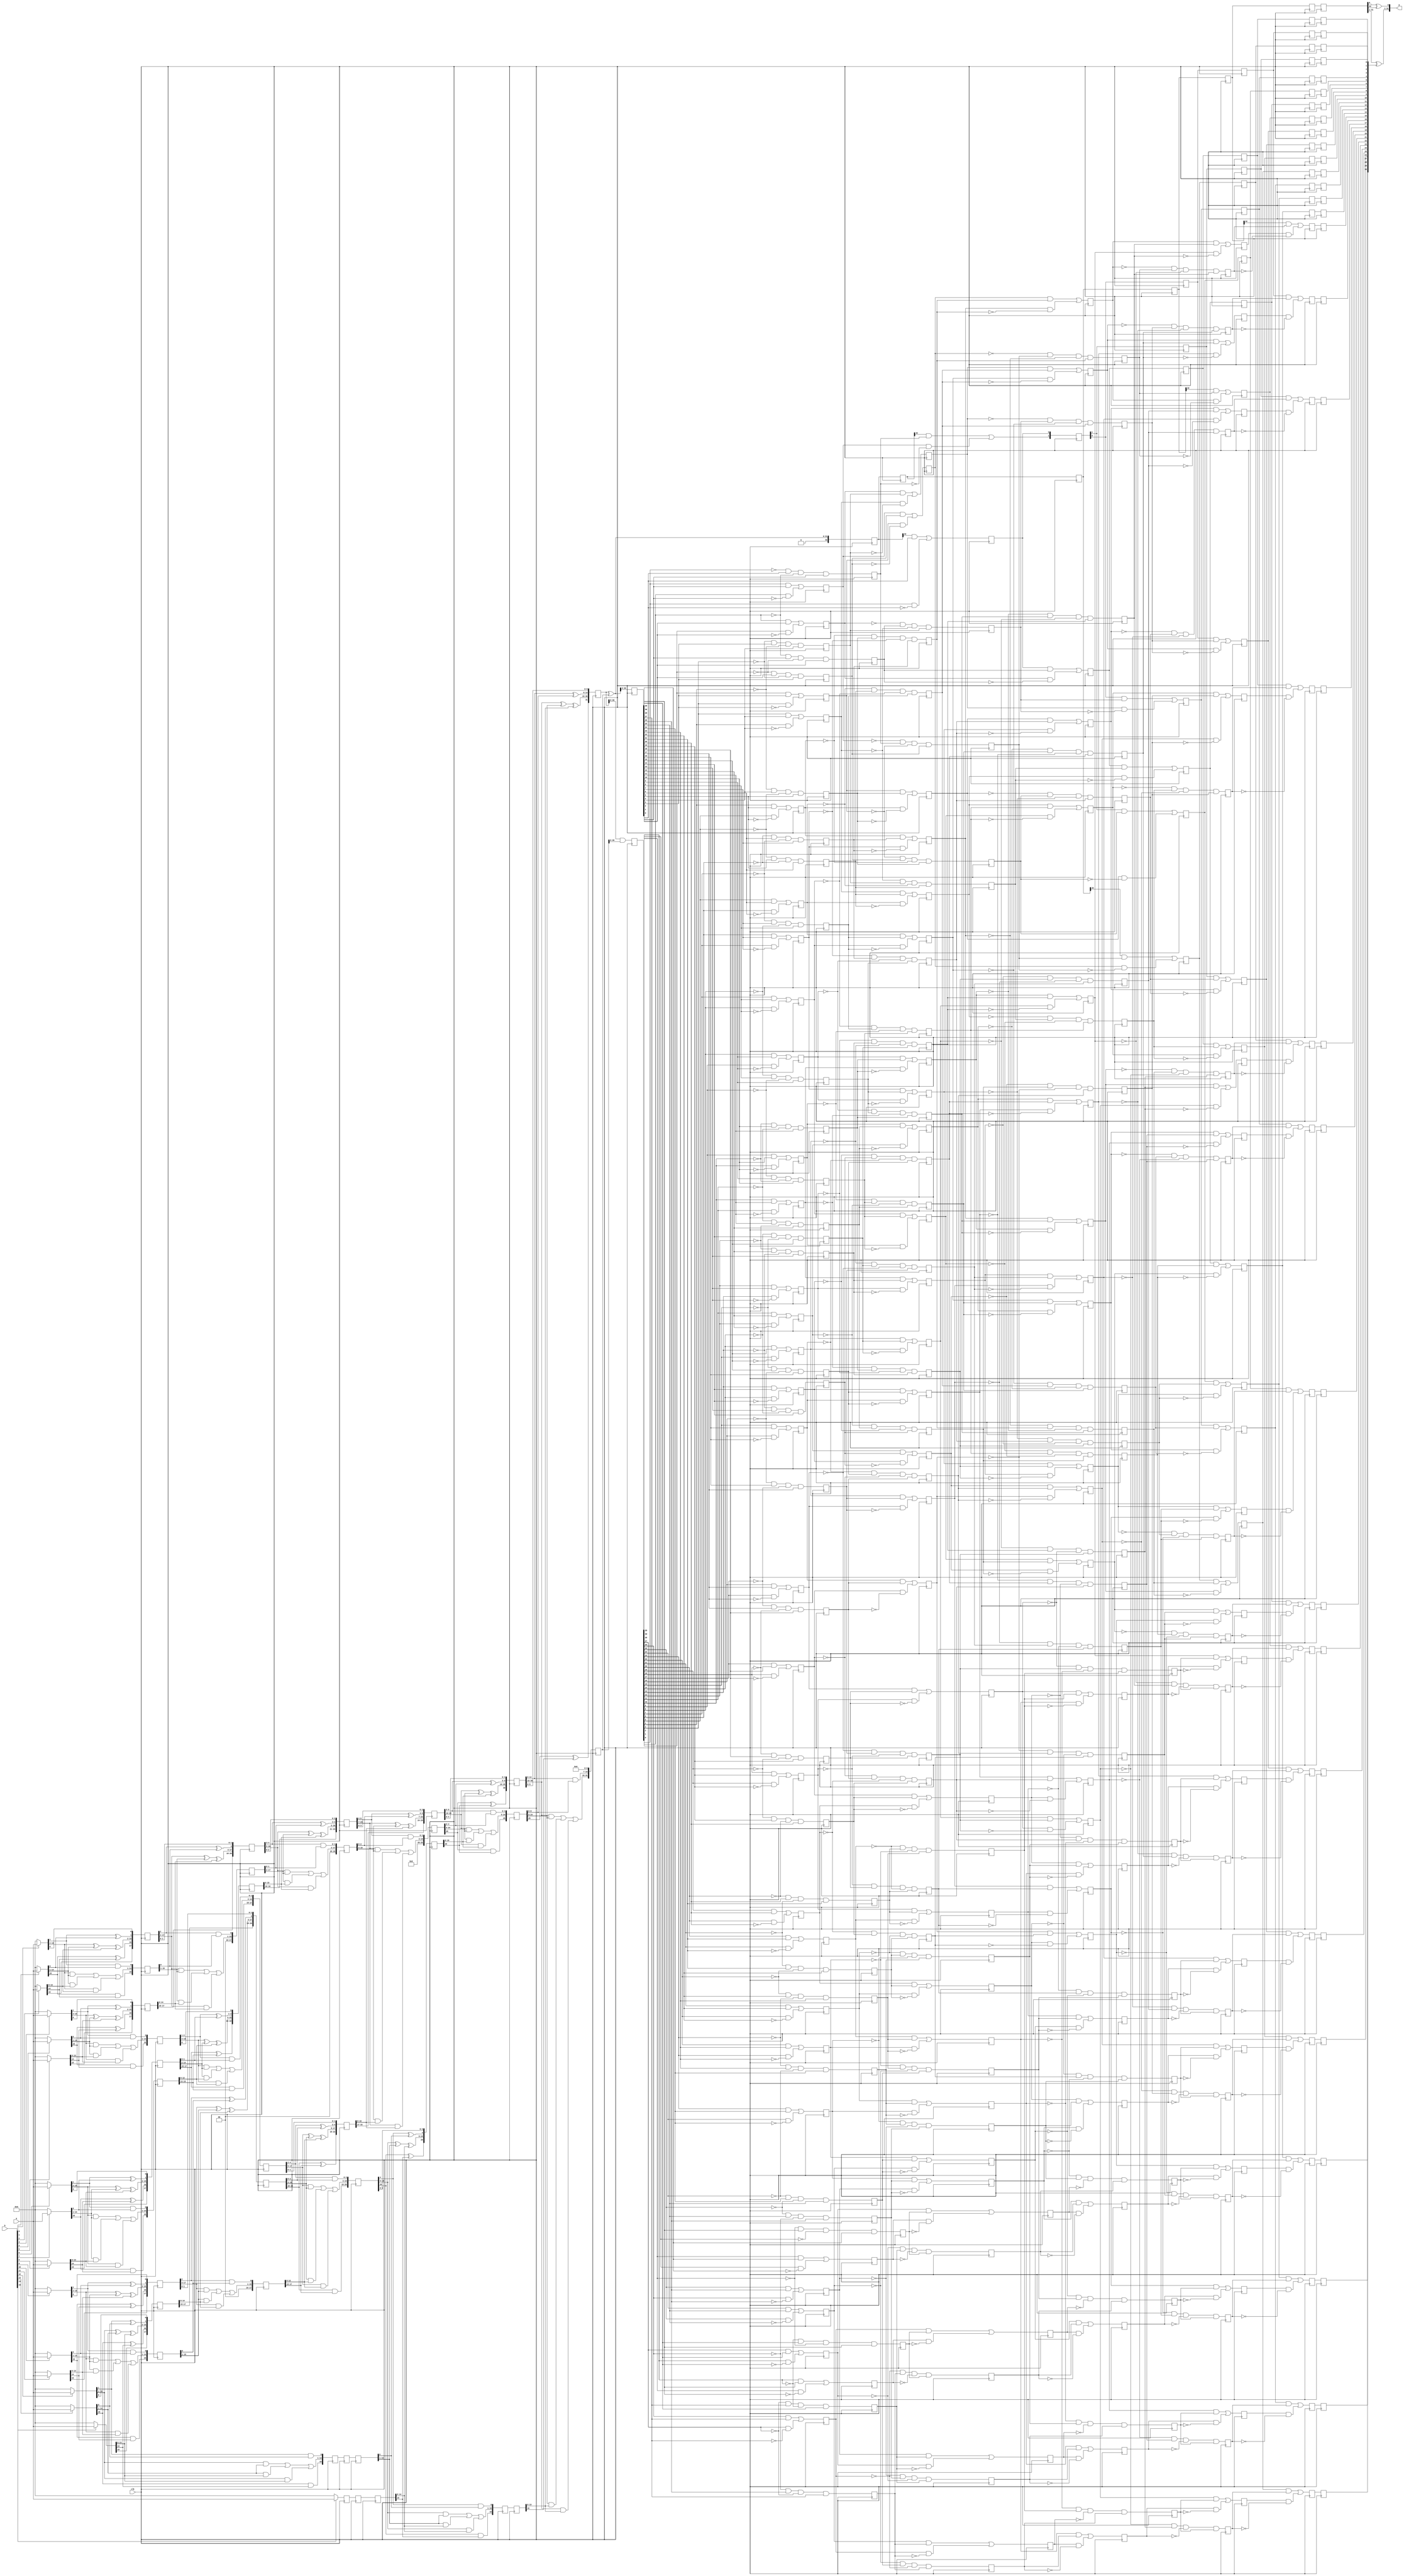
module wallace(a,b,p,clk);
input [15:0]a,b;
input clk;
output [31:0]p;

wire [15:0] m0,m1,m2,m3,m4,m5,m6,m7,m8,m9,m10,m11,m12,m13,m14,m15;

reg [17:0] l10,l12,l14,l16,l18;
reg [15:0] l11,l13,l15,l17,l19,l191,l192,m151,m152,m153;
reg [17:0] l21,l23,l25;
reg [18:0] l22;
reg [20:0] l20,l24;
reg [23:0] l30;
reg [19:0] l31;
reg [22:0] l32;
reg [20:0] l33;
reg [29:0] l40;
reg [25:0] l41;
reg [20:0] l42;
reg [16:0] l43,l431;
reg [30:0] l50;
reg [25:0] l51;
reg [31:0] l60;
reg [31:0] l61;

reg [31:0] y0,y1,c11,c10,c21,c20,c31,c30,c41,c40,c51,c50,c61,c60;
reg [32:0]zeroth,zero1,zero2,zero3,zero4,zero5,zero6;

//generate all the partial products


assign m0[15:0]=b[0]?a[15:0]:16'b0; 
assign m1[15:0]=b[1]?a[15:0]:16'b0;
assign m2[15:0]=b[2]?a[15:0]:16'b0; 
assign m3[15:0]=b[3]?a[15:0]:16'b0; 
assign m4[15:0]=b[4]?a[15:0]:16'b0; 
assign m5[15:0]=b[5]?a[15:0]:16'b0; 
assign m6[15:0]=b[6]?a[15:0]:16'b0; 
assign m7[15:0]=b[7]?a[15:0]:16'b0; 
assign m8[15:0]=b[8]?a[15:0]:16'b0; 
assign m9[15:0]=b[9]?a[15:0]:16'b0; 
assign m10[15:0]=b[10]?a[15:0]:16'b0; 
assign m11[15:0]=b[11]?a[15:0]:16'b0; 
assign m12[15:0]=b[12]?a[15:0]:16'b0; 
assign m13[15:0]=b[13]?a[15:0]:16'b0; 
assign m14[15:0]=b[14]?a[15:0]:16'b0; 
assign m15[15:0]=b[15]?a[15:0]:16'b0; 
always @(posedge clk) begin  
//level one

l10[0]<=m0[0];
l12[0]<=m3[0];
l14[0]<=m6[0];
l16[0]<=m9[0];
l18[0]<=m12[0];
//half adder
l10[1]<=m0[1]^m1[0];
l11[0]<=m0[1]&m1[0];
l12[1]<=m3[1]^m4[0];
l13[0]<=m3[1]&m4[0];
l14[1]<=m6[1]^m7[0];
l15[0]<=m6[1]&m7[0];
l16[1]<=m9[1]^m10[0];
l17[0]<=m9[1]&m10[0];
l18[1]<=m12[1]^m13[0];
l19[0]<=m12[1]&m13[0];
//full adder
l10[15:2]<=m0[15:2]^m1[14:1]^m2[13:0];
l11[14:1]<=m0[15:2]&m1[14:1] | m1[14:1]&m2[13:0] | m0[15:2]&m2[13:0];
l12[15:2]<=m3[15:2]^m4[14:1]^m5[13:0];
l13[14:1]<=m3[15:2]&m4[14:1] | m4[14:1]&m5[13:0] | m3[15:2]&m5[13:0];
l14[15:2]<=m6[15:2]^m7[14:1]^m8[13:0];
l15[14:1]<=m6[15:2]&m7[14:1] | m7[14:1]&m8[13:0] | m6[15:2]&m8[13:0];
l16[15:2]<=m9[15:2]^m10[14:1]^m11[13:0];
l17[14:1]<=m9[15:2]&m10[14:1] | m10[14:1]&m11[13:0] | m9[15:2]&m11[13:0];
l18[15:2]<=m12[15:2]^m13[14:1]^m14[13:0];
l19[14:1]<=m12[15:2]&m13[14:1] | m13[14:1]&m14[13:0] | m12[15:2]&m14[13:0];
//half adder
l10[16]<=m1[15]^m2[14];
l11[15]<=m1[15]&m2[14];
l12[16]<=m4[15]^m5[14];
l13[15]<=m4[15]&m5[14];
l14[16]<=m7[15]^m8[14];
l15[15]<=m7[15]&m8[14];
l16[16]<=m10[15]^m11[14];
l17[15]<=m10[15]&m11[14];
l18[16]<=m13[15]^m14[14];
l19[15]<=m13[15]&m14[14];
//
l10[17]<=m2[15];
l12[17]<=m5[15];
l14[17]<=m8[15];
l16[17]<=m11[15];
l18[17]<=m14[15];
m151<=m15;


//level two
l20[1:0]<=l10[1:0];
l22[0]<=l13[0];
l24[1:0]<=l16[1:0];
//half adder
l20[2]<=l10[2]^l11[0];
l21[0]<=l10[2]&l11[0];

l22[2:1]<=l13[2:1]^l14[1:0];
l23[1:0]<=l13[2:1]&l14[1:0];

l24[2]<=l16[2]^l17[0];
l25[0]<=l16[2]&l17[0];
//full adder
l20[17:3]<=l10[17:3]^l11[15:1]^l12[14:0];
l21[15:1]<=l10[17:3]&l11[15:1] | l11[15:1]&l12[14:0] | l10[17:3]&l12[14:0];

l22[15:3]<=l13[15:3]^l14[14:2]^l15[12:0];
l23[14:2]<=l13[15:3]&l14[14:2] | l14[14:2]&l15[12:0] | l13[15:3]&l15[12:0];

l24[17:3]<=l16[17:3]^l17[15:1]^l18[14:0];
l25[15:1]<=l16[17:3]&l17[15:1] | l17[15:1]&l18[14:0] | l16[17:3]&l18[14:0];
//half adder
l22[18:16]<=l14[17:15]^l15[15:13];
l23[17:15]<=l14[17:15]&l15[15:13];
//
l20[20:18]<=l12[17:15];
l21[17:16]<=0;
l24[20:18]<=l18[17:15];
l25[17:16]<=0;
l191<=l19;
m152<=m151;


//level 3

//
l30[2:0]<=l20[2:0];
l32[1:0]<=l23[1:0];
//half adder
l30[4:3]<=l20[4:3]^l21[1:0];
l31[1:0]<=l20[4:3]&l21[1:0];

l32[4:2]<=l23[4:2]^l24[2:0];
l33[2:0]<=l23[4:2]&l24[2:0];

//full adder
l30[20:5]<=l20[20:5]^l21[17:2]^l22[15:0];
l31[17:2]<=l20[20:5]&l21[17:2] | l21[17:2]&l22[15:0] | l20[20:5]&l22[15:0];

l32[17:5]<=l23[17:5]^l24[15:3]^l25[12:0];
l33[15:3]<=l23[17:5]&l24[15:3] | l24[15:3]&l25[12:0] | l23[17:5]&l25[12:0];
//half adder
l32[22:18]<=l24[20:16]^l25[17:13];
l33[20:16]<=l24[20:16]&l25[17:13];
//
l30[23:21]<=l22[18:16];
l31[19:18]<=0;
l192<=l191;
m153<=m152;



//level four

//
l40[3:0]<=l30[3:0];
l42[3:0]<=l33[3:0];
//half adder
l40[6:4]<=l30[6:4]^l31[2:0];
l41[2:0]<=l30[6:4]&l31[2:0];
l42[4]<=l33[4]^l192[0];
l43[0]<=l33[4]&l192[0];
//full adder
l40[23:7]<=l30[23:7]^l31[20:3]^l32[16:0];
l41[19:3]<=l30[23:7]&l31[20:3] | l31[20:3]&l32[16:0] | l30[23:7]&l32[16:0];
l42[19:5]<=l33[19:5]^l192[15:1]^m153[14:0];
l43[15:1]<=l33[19:5]&l192[15:1] | l192[15:1]&m153[14:0] | l33[19:5]&m153[14:0];
//half adder
l42[20]<=l33[20]^m153[15];
l43[16]<=l33[20]&m153[15];
//
l40[29:24]<=l32[22:17];
l41[25:20]<=0;


//level five

//
l50[4:0]<=l40[4:0];
//half adder
l50[9:5]<=l40[9:5]^l41[4:0];
l51[4:0]<=l40[9:5]&l41[4:0];
//full adder
l50[29:10]<=l40[29:10]^l41[24:5]^l42[19:0];
l51[24:5]<=l40[29:10]&l41[24:5] | l41[24:5]&l42[19:0] | l40[29:10]&l42[19:0];
//half adder
l50[30]<=l41[25]^l42[20];
l51[25]<=l41[25]&l42[20];
l431<=l43;



//level six

//
l60[5:0]<=l50[5:0];
l61[6:0]<=0;
//half adder
l60[14:6]<=l50[14:6]^l51[8:0];
l61[15:7]<=l50[14:6]&l51[8:0];
//full adder
l60[30:15]<=l50[30:15]^l51[24:9]^l431[15:0];
l61[31:16]<=l50[30:15]&l51[24:9] | l51[24:9]&l431[15:0] | l50[30:15]&l431[15:0];
//half adder
l60[31]<=l51[25]^l431[16];

   
   y0<=l60^l61;   //This is the inital kpg values if you consider k=00, p=01 and g=10 where lsb is y0 and msb is y1 
   y1<= l60&l61; 
   zeroth[31:0] <=l60^l61;
   zeroth[32]<=cin;
end

wire cout,cin;
assign cin=0;


generate
  genvar i;

//level 1
  for (i = 31; i > 0; i = i - 1) begin
    always @(posedge clk) begin
      c10[i]<= (~y1[i-1]) & y0[i-1] & (~y1[i]) & y0[i];
      c11[i]<= (y1[i-1] & y0[i]) | (y1[i] & (~y0[i]));
    end
  end

  always @(posedge clk) begin
    c10[0]<= (~zeroth[32]) & zeroth[32] & (~y1[0]) & y0[0];
    c11[0]<= (zeroth[32] & y0[0]) | (y1[0] & (~y0[0]));
    zero1<=zeroth;
  end

//level 2
  for (i = 31; i > 1; i = i - 1) begin
    always @(posedge clk) begin
      c20[i]<= (~c11[i-2]) & c10[i-2] & (~c11[i]) & c10[i];
      c21[i]<= (c11[i-2] & c10[i]) | (c11[i] & (~c10[i]));
      //kpg two(l11[i],l10[i],l11[i-2],l10[i-2],l21[i],l20[i]);  
    end 
  end

  always @(posedge clk) begin
    c20[1]<= (~zero1[32]) & zero1[32] & (~c11[1]) & c10[1];
    c21[1]<= (zero1[32] & c10[1]) | (c11[1] & (~c10[1]));
    //kpg two0(l11[1],l10[1],cin,cin,l21[1],l20[1]);
    c21[0]<=c11[0];
    c20[0]<=c10[0];
    zero2<=zero1; 
  end
  
//level 3
  for (i = 31; i > 3; i = i - 1) begin
    always @(posedge clk) begin 
      c30[i]<= (~c21[i-4]) & c20[i-4] & (~c21[i]) & c20[i];
      c31[i]<= (c21[i-4] & c20[i]) | (c21[i] & (~c20[i]));
    end
  end
  
  always @(posedge clk) begin 
    c30[3]<= (~zero2[32]) & zero2[32] & (~c21[3]) & c20[3];
    c31[3]<= (zero2[32] & c20[3]) | (c21[3] & (~c20[3]));
    zero3<=zero2;
  end

  for (i = 2; i >= 0; i = i - 1)begin
    always @(posedge clk) begin
      c31[i]<=c21[i];
      c30[i]<=c20[i];
    end
  end

//level four
  for (i = 31; i > 7; i = i - 1) begin
    always @(posedge clk) begin
      c40[i]<= (~c31[i-8]) & c30[i-8] & (~c31[i]) & c30[i];
      c41[i]<= (c31[i-8] & c30[i]) | (c31[i] & (~c30[i]));
    end
  end
  
  always @(posedge clk) begin
    c40[7]<= (~zero3[32]) & zero3[32] & (~c31[7]) & c30[7];
    c41[7]<= (zero3[32] & c30[7]) | (c31[7] & (~c30[7]));
    zero4<=zero3; 
  end

  for (i = 6; i >=0; i = i - 1) begin
    always @(posedge clk) begin
      c41[i]<=c31[i];
      c40[i]<=c30[i];
    end
  end

//level 5
  for (i = 31; i > 15; i = i - 1) begin
    always @(posedge clk) begin
      c50[i]<= (~c41[i-16]) & c40[i-16] & (~c41[i]) & c40[i];
      c51[i]<= (c41[i-16] & c40[i]) | (c41[i] & (~c40[i]));
    end
  end
  always @(posedge clk) begin
    c50[15]<= (~zero4[32]) & zero4[32] & (~c41[15]) & c40[15];
    c51[15]<= (zero4[32] & c40[15]) | (c41[15] & (~c40[15]));
    zero5<=zero4;
  end
  for (i = 14; i >= 0; i = i - 1)begin
    always @(posedge clk) begin
      c51[i]<=c41[i];
      c50[i]<=c40[i];
    end
  end


//level 6
  always @(posedge clk) begin
    c60[31]<= (~zero5[32]) & zero5[32] & (~c51[31]) & c50[31];
    c61[31]<= (zero5[32] & c50[31]) | (c51[31] & (~c50[31]));
    zero6<=zero5;
  end
  for (i = 30; i >= 0; i = i - 1)begin
    always @(posedge clk) begin
      c61[i]<=c51[i];
      c60[i]<=c50[i];
    end
  end

endgenerate


  assign p[0]=zero6[0]^zero6[32];
  assign p[31:1]=zero6[31:1]^c61[30:0];
  assign co=c61[31];
  
endmodule